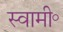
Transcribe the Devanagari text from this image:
स्वामी॰